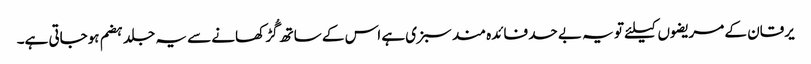
یرقان کے مریضوں کیلئے تو یہ بے حد فائدہ مند سبزی ہے اس کے ساتھ گُڑ کھانے سے یہ جلد ہضم ہوجاتی ہے۔